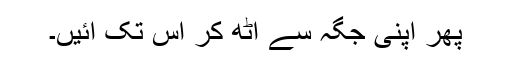
پھر اپنی جگہ سے اٹھ کر اس تک آئیں۔